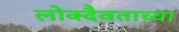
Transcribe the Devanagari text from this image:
लोक्दैवताच्या